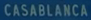
CASABLANCA